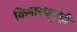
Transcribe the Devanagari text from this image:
किनारपट्टीही